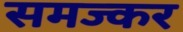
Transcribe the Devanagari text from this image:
समज्कर